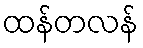
ထန်တလန်